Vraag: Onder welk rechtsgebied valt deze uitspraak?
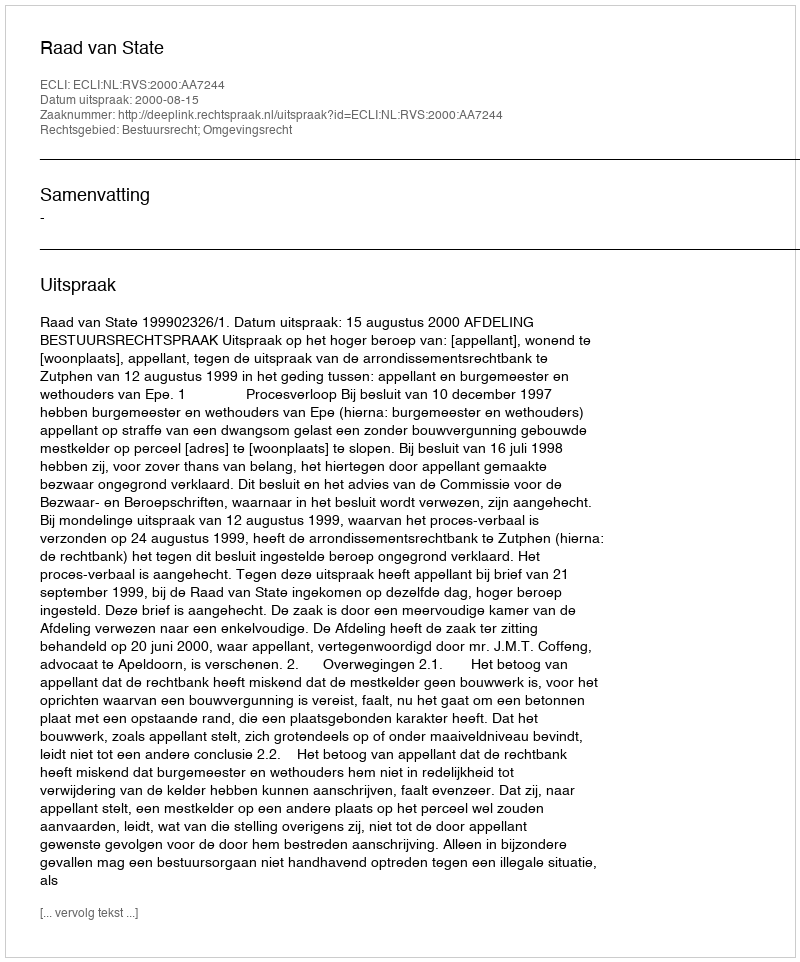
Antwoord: Bestuursrecht; Omgevingsrecht